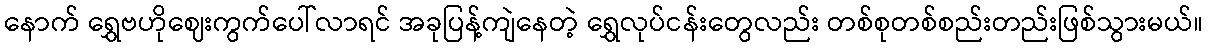
နောက် ရွှေဗဟိုဈေးကွက်ပေါ်လာရင် အခုပြန့်ကျဲနေတဲ့ ရွှေလုပ်ငန်းတွေလည်း တစ်စုတစ်စည်းတည်းဖြစ်သွားမယ်။